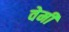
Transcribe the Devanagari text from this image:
वेमी